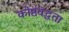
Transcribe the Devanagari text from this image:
कोष्ठवद्धता